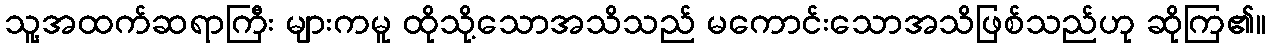
သူ့အထက်ဆရာကြီး များကမူ ထိုသို့သောအသိသည် မကောင်းသောအသိဖြစ်သည်ဟု ဆိုကြ၏။